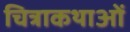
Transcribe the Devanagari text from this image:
चित्राकथाओं